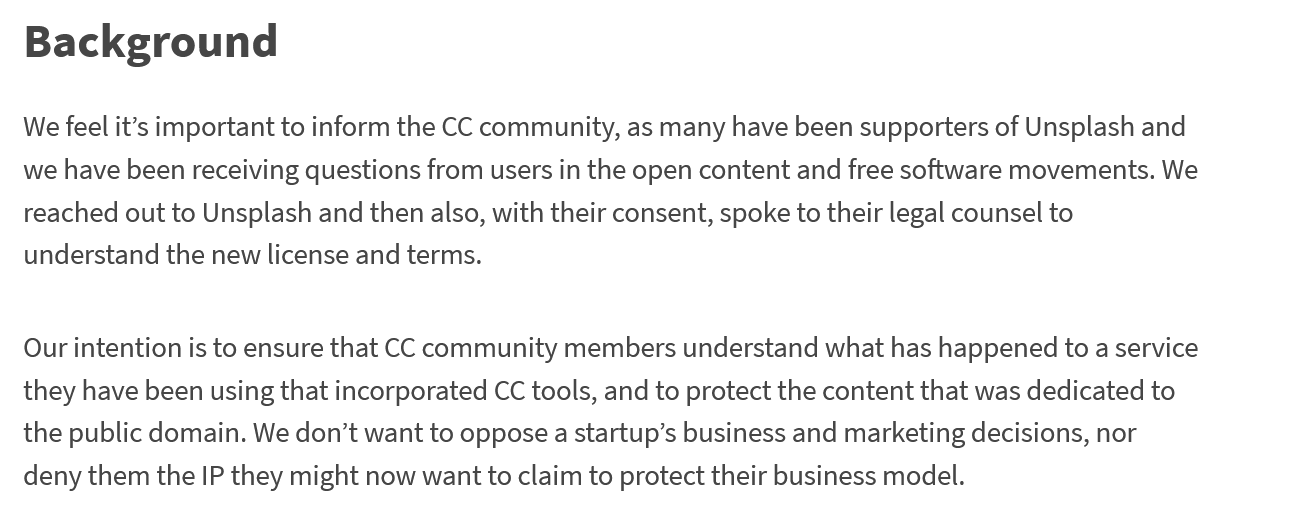
Background
  We feel it’s important to inform the CC community, as many have been supporters of Unsplash and
  we have been receiving questions from users in the open content and free software movements. We
  reached out to Unsplash and then also, with their consent, spoke to their legal counsel to
  understand the new license and terms.
  Our intention is to ensure that CC community members understand what has happened to a service
  they have been using that incorporated CC tools, and to protect the content that was dedicated to
  the public domain. We don’t want to oppose a startup’s business and marketing decisions, nor
  deny them the IP they might now want to claim to protect their business model.